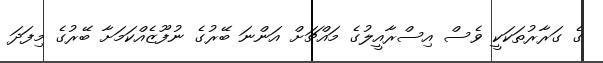
ގެ ގަރާރުތަކަކީ ވެސް އިސްރާއީލުގެ މައްޗަށް އަންނަ ބޭރުގެ ނުފޫޒެއްކަމަށާ ބޭރުގެ މިފަދަ